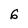
Character: 6